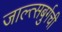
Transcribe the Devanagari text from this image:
जाल्त्सबुर्गची